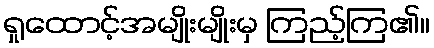
ရှုထောင့်အမျိုးမျိုးမှ ကြည့်ကြ၏။